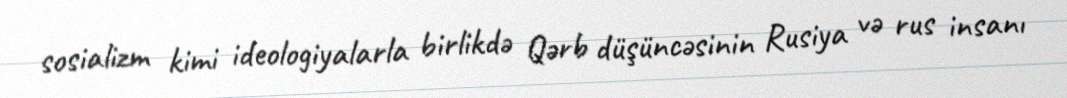
sosializm kimi ideologiyalarla birlikdə Qərb düşüncəsinin Rusiya və rus insanı